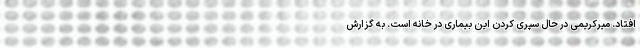
افتاد. میرکریمی در حال سپری کردن این بیماری در خانه است. به گزارش